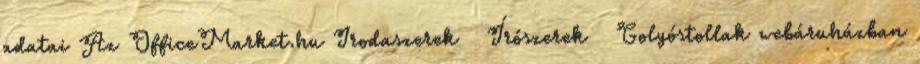
adatai Az OfficeMarket.hu Irodaszerek Írószerek Golyóstollak webáruházban